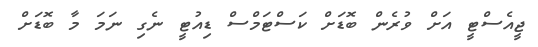
ޖީއެސްޓީ އަށް ވުރެން ބޮޑަށް ކަސްޓަމްސް ޑިއުޓީ ނެގި ނަމަ މާ ބޮޑަށް